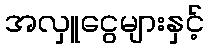
အလှူငွေများနှင့်